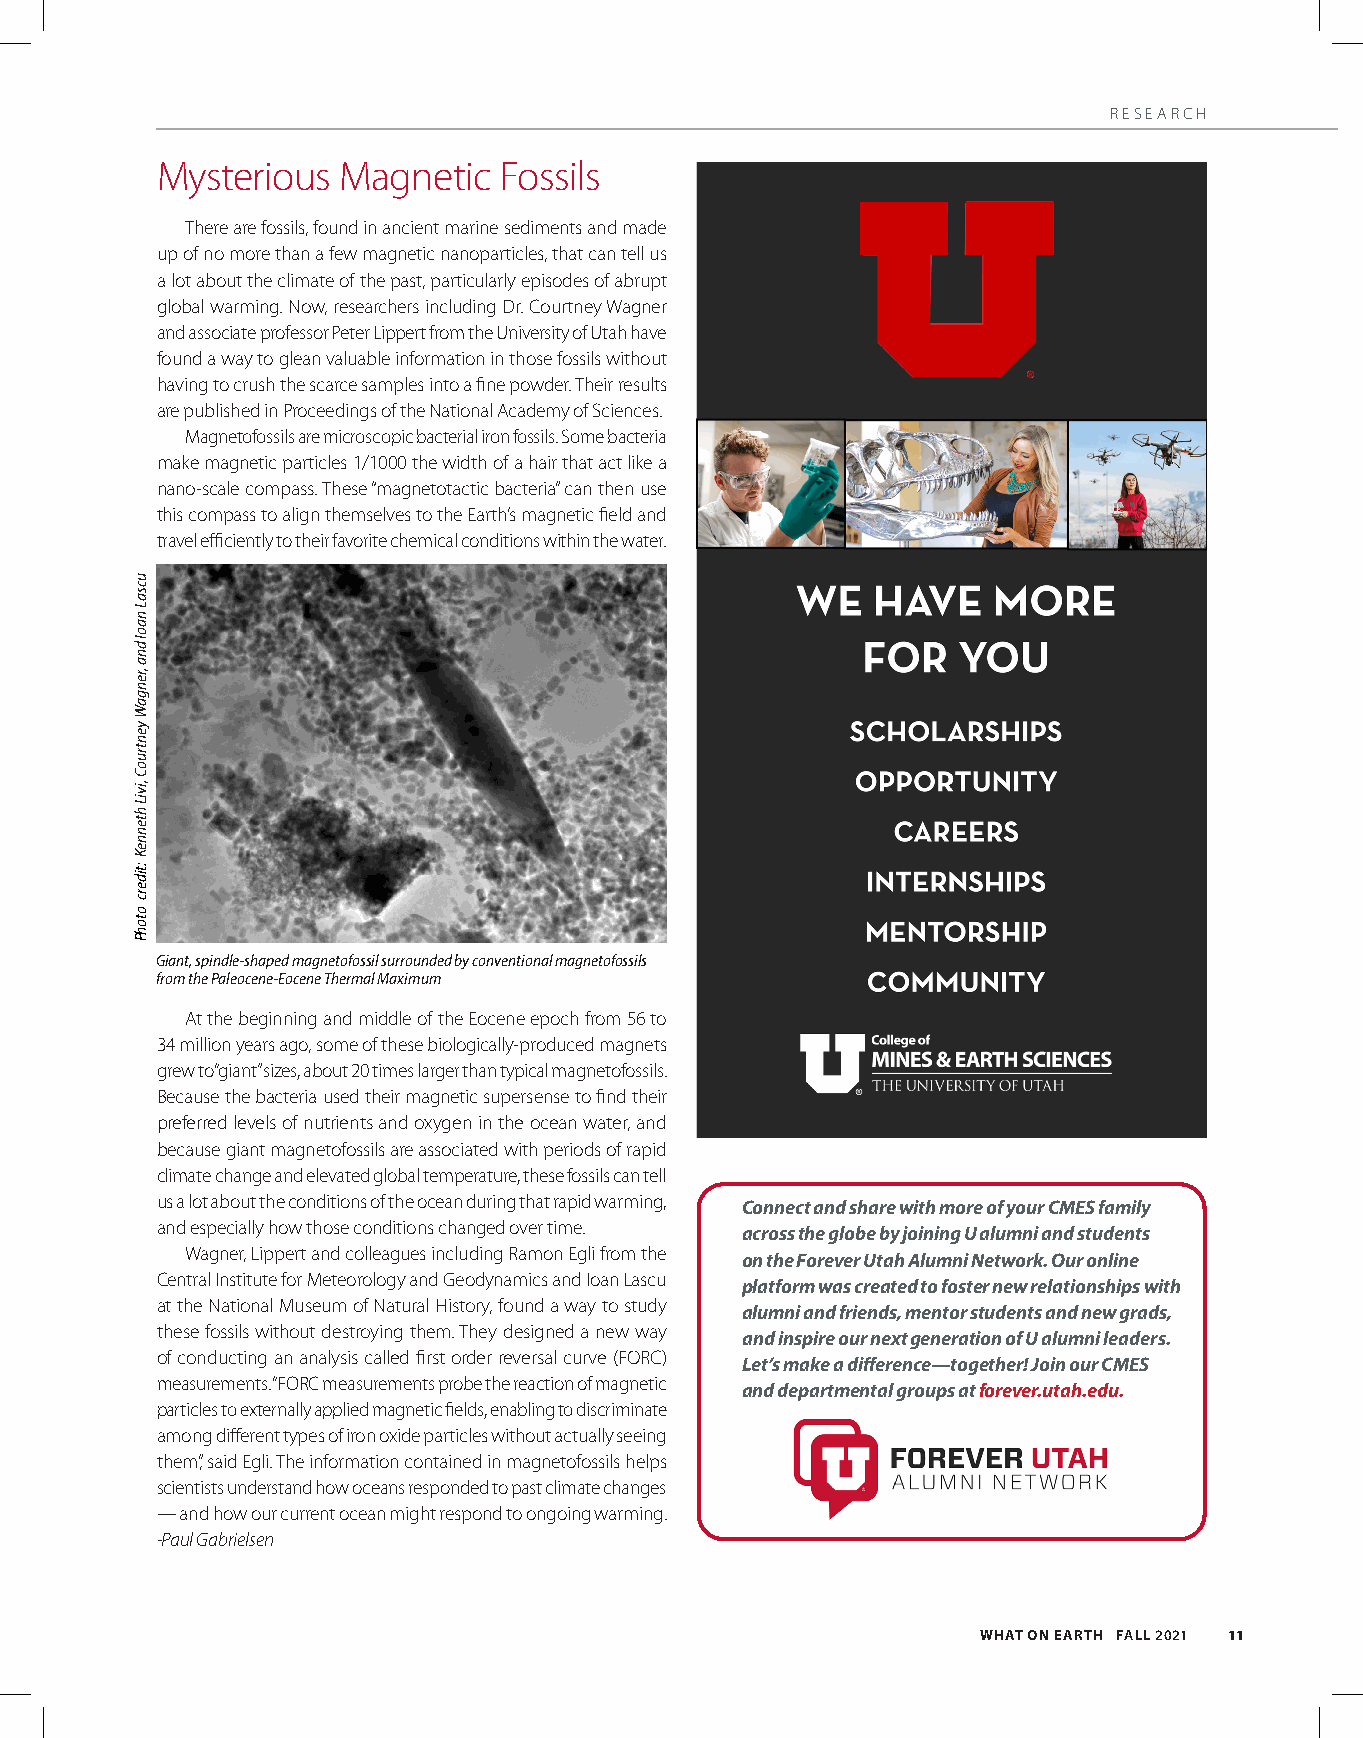
RESEARCH
 Mysterious  Magnetic   Fossils
 There are fossils, found in ancient marine sediments and made
 up of no more than a few magnetic nanoparticles, that can tell us
 a lot about the climate of the past, particularly episodes of abrupt
 global warming. Now, researchers including Dr. Courtney Wagner
 and associate professor Peter Lippert from the University of Utah have
 found a way to glean valuable information in those fossils without
 having to crush the scarce samples into a fine powder. Their results
 are published in Proceedings of the National Academy of Sciences.
 Magnetofossils are microscopic bacterial iron fossils. Some bacteria
 make magnetic particles 1/1000 the width of a hair that act like a
 nano-scale compass. These “magnetotactic bacteria” can then use
 this compass to align themselves to the Earth’s magnetic field and
 travel efficiently to their favorite chemical conditions within the water.
 Giant, spindle-shaped magnetofossil surrounded by conventional magnetofossils
 from the Paleocene-Eocene Thermal Maximum
 At the beginning and middle of the Eocene epoch from 56 to
 34 million years ago, some of these biologically-produced magnets
 grew to “giant” sizes, about 20 times larger than typical magnetofossils.
 Because the bacteria used their magnetic supersense to find their
 preferred levels of nutrients and oxygen in the ocean water, and
 because giant magnetofossils are associated with periods of rapid
 climate change and elevated global temperature, these fossils can tell
 us a lot about the conditions of the ocean during that rapid warming,
 Connect and share with more of your CMES family
 and especially how those conditions changed over time.
 across the globe by joining U alumni and students
 Wagner, Lippert and colleagues including Ramon Egli from the
 on the Forever Utah Alumni Network. Our online
 Central Institute for Meteorology and Geodynamics and Ioan Lascu
 platform was created to foster new relationships with
 at the National Museum of Natural History, found a way to study
 alumni and friends, mentor students and new grads,
 these fossils without destroying them. They designed a new way
 and inspire our next generation of U alumni leaders.
 of conducting an analysis called first order reversal curve (FORC)
 Let’s make a difference—together! Join our CMES
 measurements. “FORC measurements probe the reaction of magnetic
 and departmental groups at forever.utah.edu.
 particles to externally applied magnetic fields, enabling to discriminate
 among different types of iron oxide particles without actually seeing
 them,” said Egli. The information contained in magnetofossils helps
 scientists understand how oceans responded to past climate changes
 — and how our current ocean might respond to ongoing warming.
 -Paul Gabrielsen
 WHAT ON EARTH FALL 2021 11
 ucsaL
 naoI
 dna
 ,rengaW
 yentruoC
 ,iviL
 htenneK
 :tiderc
 otohP